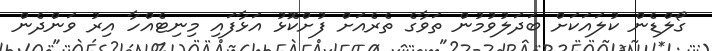
ގޯލްޑެން ކުލައަކަށް ބަދަލުވުމުން ތަވާގެ ތެރެއަށް ފުށްކޮޅު އަޅާފައި މިނިޓެއްހާ އިރު ވަންދެން